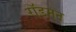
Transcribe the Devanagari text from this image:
रॉडमन